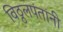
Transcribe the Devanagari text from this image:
विठ्ठलपंतांनी